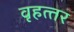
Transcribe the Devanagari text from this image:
वृहत्‍तर